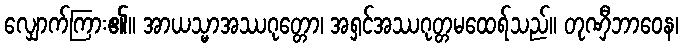
လျှောက်ကြား၏။ အာယသ္မာအဿဂုတ္တော၊ အရှင်အဿဂုတ္တမထေရ်သည်။ တုဏှီဘာဝေန၊